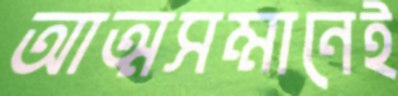
আত্মসম্মানেই